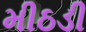
મીઠડી